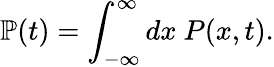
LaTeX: \mathbb{P}(t)=\int_{-\infty}^{\infty}dx\ P(x,t).